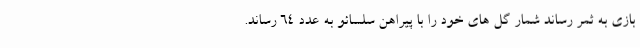
بازی به ثمر رساند شمار گل های خود را با پیراهن سلسائو به عدد 64 رساند.